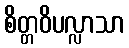
စိတ္တဝိပလ္လာသာ